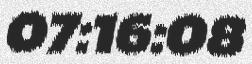
07:16:08